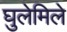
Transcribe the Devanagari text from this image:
घुलेमिले